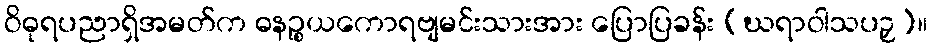
ဝိဓုရပညာရှိအမတ်က ဓနဉ္စယကောရဗျမင်းသားအား ပြောပြခန်း (ဃရာဝါသပဉှ)။